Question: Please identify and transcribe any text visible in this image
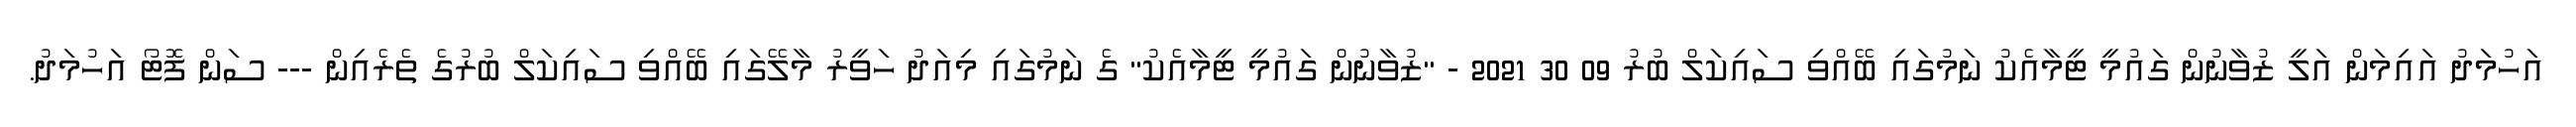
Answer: އަހުމަދު އައިމަން އަލީ ޒުވާނުން ގައުމީ ޓީމާއެކު ނަމުގައި ބޭއްވި ސައިކަލް ބުރު 09 30 2021 - "ޒުވާނުން ގައުމީ ޓީމާއެކު" ގެ ނަމުގައި މިއަދު ހަވީރު މާލޭގައި ބޭއްވި ސައިކަލް ބުރުގެ ތެރެއިން --- ސަން ފޮޓޯ އަހުމަދު.